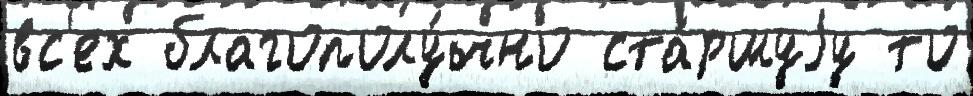
вс'ех благополу́чно ста́ршуjу то